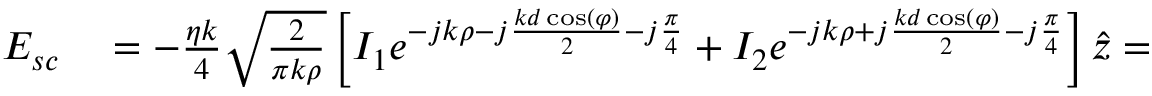
\begin{array} { r l } { \boldsymbol { E _ { s c } } } & { { } = - \frac { \eta k } { 4 } \sqrt { \frac { 2 } { \pi k \rho } } \left[ I _ { 1 } e ^ { - j k \rho - j \frac { k d \cos ( \varphi ) } { 2 } - j \frac { \pi } { 4 } } + I _ { 2 } e ^ { - j k \rho + j \frac { k d \cos ( \varphi ) } { 2 } - j \frac { \pi } { 4 } } \right] \hat { z } = } \end{array}